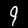
Digit: 9